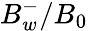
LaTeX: B_{w}^{-}/B_{0}